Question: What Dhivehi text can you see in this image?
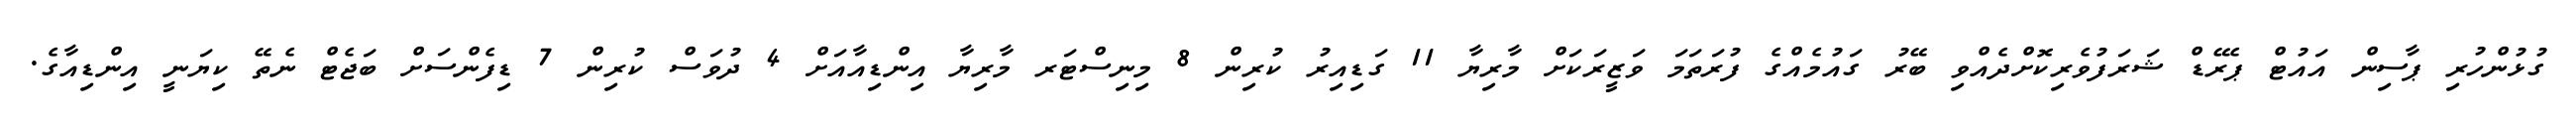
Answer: ގުޅުންހުރި ޕާސިން އައުޓް ޕެރޭޑް ޝަރަފުވެރިކޮށްދެއްވި ބޭރު ގައުމެއްގެ ފުރަތަމަ ވަޒީރަކަށް މާރިޔާ 11 ގަޑިއިރު ކުރިން 8 މިނިސްޓަރ މާރިޔާ އިންޑިއާއަށް 4 ދުވަސް ކުރިން 7 ޑިފެންސަށް ބަޖެޓް ނެތޭ ކިޔަނީ އިންޑިއާގެ.